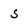
Character: 5